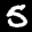
Label: 5